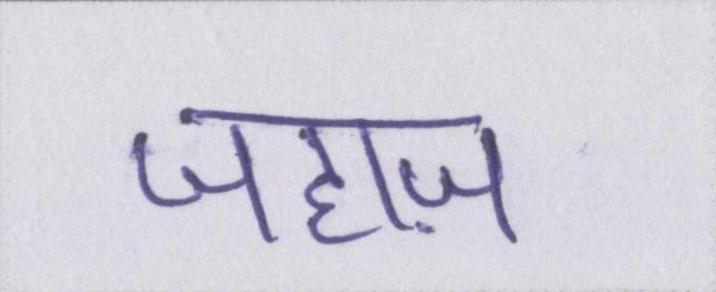
जहाज़